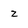
Character: z